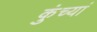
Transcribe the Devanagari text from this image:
कुंच्यां